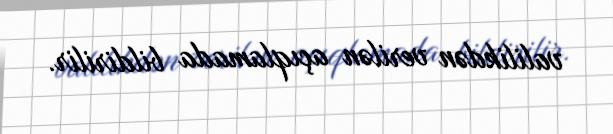
valilikdən verilən açıqlamada bildirilir.